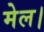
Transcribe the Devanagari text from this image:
मेल।